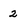
Character: 2